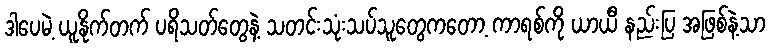
ဒါပေမဲ့ ယူနိုက်တက် ပရိသတ်တွေနဲ့ သတင်းသုံးသပ်သူတွေကတော့ ကာရစ်ကို ယာယီ နည်းပြ အဖြစ်နဲ့သာ